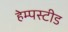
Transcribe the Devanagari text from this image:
हेम्पस्टीड